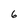
Character: 6